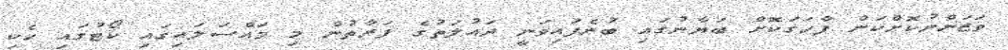
ވަޒަންނުކޮށްކަން ފާހަގަކޮށް ބަޔާނުގައި ބުނެފައިވަނީ ދައުލަތުގެ ފަރާތުން މި މައްސަލައިގައި ކޯޓުގައި ހެކި